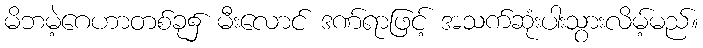
မိဘမဲ့ဂေဟာတစ်ခု၌ မီးလောင် ဒဏ်ရာဖြင့် အသက်ဆုံးပါးသွားလိမ့်မည်။